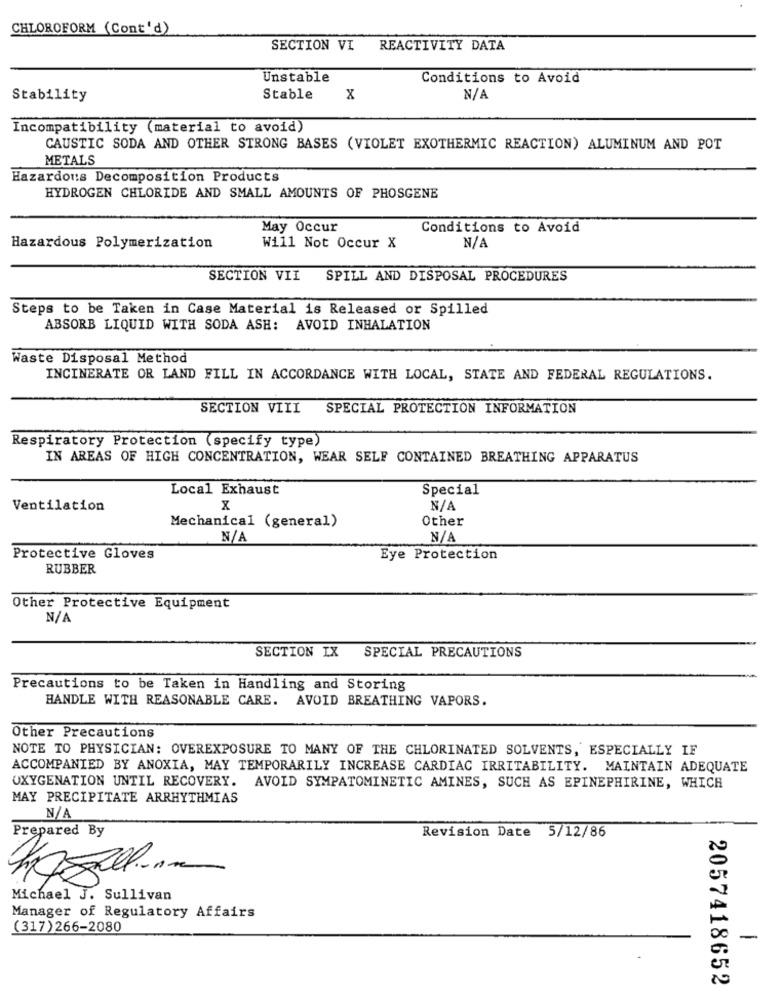
CHLOROFORM (Cont'd)
SECTION VI
REACTIVITY DATA
Unstable
Conditions to Avoid
Stability
Stable
x
Incompatibility (material to avoid)
CAUSTIC SODA AND OTHER STRONG BASES (VIOLET EXOTHERMIC REACTION) ALUMINUM AND POT
METALS
Hazardous Decomposition Products
HYDROGEN CHLORIDE AND SMALL AMOUNTS OF PHOSGENE
May Occur
Conditions to Avoid
Will Not Occur X
Hazardous Polymerization
SECTION VII
SPILL AND DISPOSAL PROCEDURES
Steps to be Taken in Case Material is Released or Spilled
ABSORB LIQUID WITH SODA ASH: AVOID INHALATION
Waste Disposal Method
INCINERATE OR LAND FILL IN ACCORDANCE WITH LOCAL, STATE AND FEDERAL REGULATIONS.
SECTION VIII
SPECIAL PROTECTION INFORMATION
Respiratory Protection (specify type)
IN AREAS OF HIGH CONCENTRATION, WEAR SELF CONTAINED BREATHING APPARATUS
Local Exhaust
Special
Ventilation
x
Other
Mechanical (general)
Protective Gloves
Eye Protection
RUBBER
Other Protective Equipment
SECTION IX SPECIAL PRECAUTIONS
Precautions to be Taken in Handling and Storing
HANDLE WITH REASONABLE CARE. AVOID BREATHING VAPORS.
Other Precautions
NOTE TO PHYSICIAN: OVEREXPOSURE TO MANY OF THE CHLORINATED SOLVENTS, ESPECIALLY IF
ACCOMPANIED BY ANOXIA, MAY TEMPORARILY INCREASE CARDIAC IRRITABILITY. MAINTAIN ADEQUATE
OXYGENATION UNTIL RECOVERY. AVOID SYMPATOMINETIC AMINES, SUCH AS EPINEPHIRINE, WHICH
MAY PRECIPITATE ARRHYTHMIAS
Prepared By
Revision Date 5/12/86
Michael J. Sullivan
Manager of Regulatory Affairs
(317)266-2080
-
2057418652